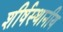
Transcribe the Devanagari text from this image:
शीर्षस्थानीय